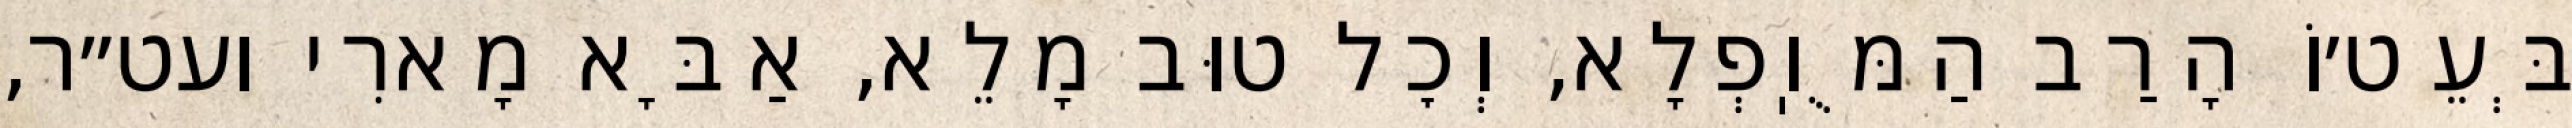
בְּעֵט׳וֹ הָרַב הַמֻּוֽפְלָא, וְכׇל טוּב מָלֵא, אַבָּא מָארִי ועט״ר,